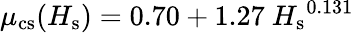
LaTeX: \mu_{\mathrm{cs}}(H_{\mathrm{s}})=0.70+1.27\ {H_{\mathrm{s}}}^{0.131}